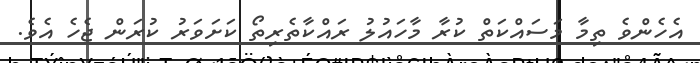
އެހެންވެ ތިމާ މަސައްކަތް ކުރާ މާހައުލު ރައްކާތެރިތޯ ކަށަވަރު ކުރަން ޖެހެ އެވެ.